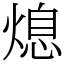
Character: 熄